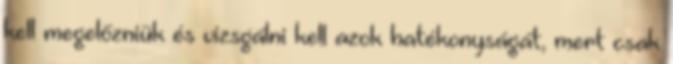
kell megelőzniük és vizsgálni kell azok hatékonyságát, mert csak